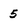
Character: 5